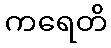
ကရေတိ